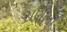
રાણીની